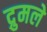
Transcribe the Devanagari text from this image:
द्रुमले